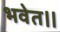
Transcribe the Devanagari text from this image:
भवेत।।